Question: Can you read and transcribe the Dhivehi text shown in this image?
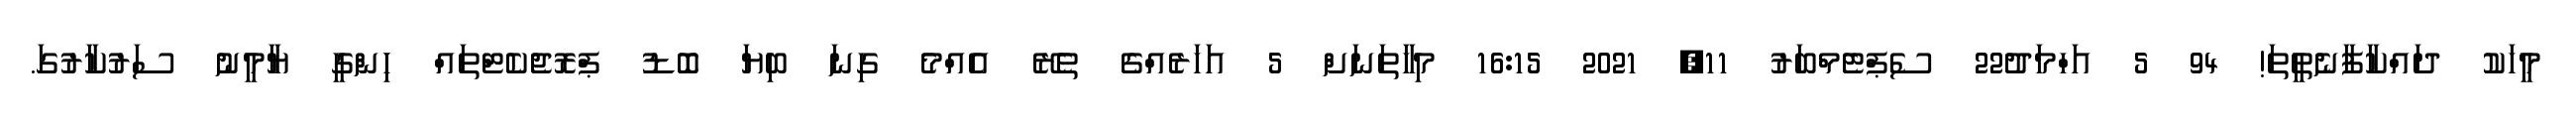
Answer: މީހަކު ދައްކާފާނެތީތަ! 94 5 އަހްމަދު22 ސެޕްޓެމްބަރު 11, 2021 16:15 މިހާތަނަށް 5 އަހަރެއްގެ ތެރޭ އެއްމެ ގިނަ ބިޔަ ބޮޑު ޕްރޮޖެކެޓްތައް ހިންގީ ޔާމީނު ސަރުކާރުގަ.